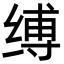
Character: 缚